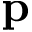
\textbf { p }